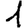
Digit: 1